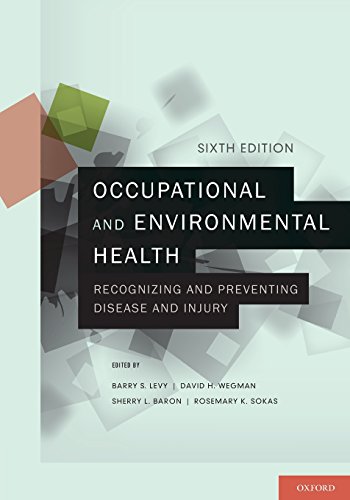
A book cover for Occupational and Environmental Health: Recognizing and Preventing Disease and Injury; Barry S. Levy; Medical Books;